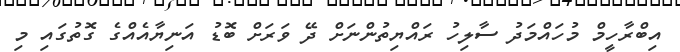
އިބްރާހީމް މުހައްމަދު ސާލިހު ރައްޔިތުންނަށް ދޭ ވަރަށް ބޮޑު އަނިޔާއެއްގެ ގޮތުގައި މި